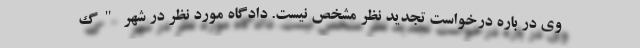
وی در باره درخواست تجدید نظر مشخص نیست. دادگاه مورد نظر در شهر "گ